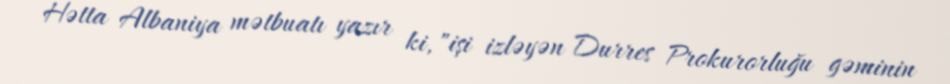
Hətta Albaniya mətbuatı yazır ki, "işi izləyən Durres Prokurorluğu gəminin